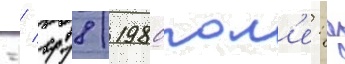
-/ 418/ 1980пол'е: д